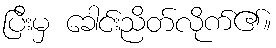
ပြီးမှ ခေါင်းညိတ်လိုက်၏။